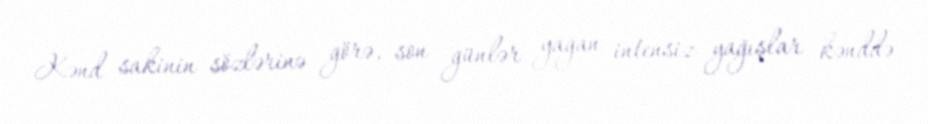
Kənd sakinin sözlərinə görə, son günlər yağan intensiz yağışlar kənddə